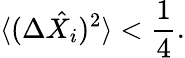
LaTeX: \langle(\Delta\hat{X_{i}})^{2}\rangle<\frac{1}{4}.